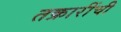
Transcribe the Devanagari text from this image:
तक्रारींची